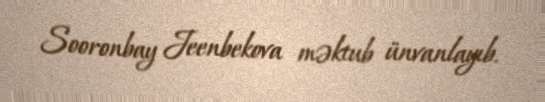
Sooronbay Jeenbekova məktub ünvanlayıb.